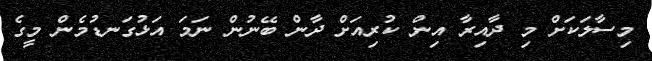
މިސާލަކަށް މި ދާއިރާ އިން ކުރިއަށް ދާން ބޭނުން ނަމަ އަޅުގަނޑުމެން މީގެ